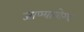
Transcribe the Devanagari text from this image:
जाण्यायोग्य